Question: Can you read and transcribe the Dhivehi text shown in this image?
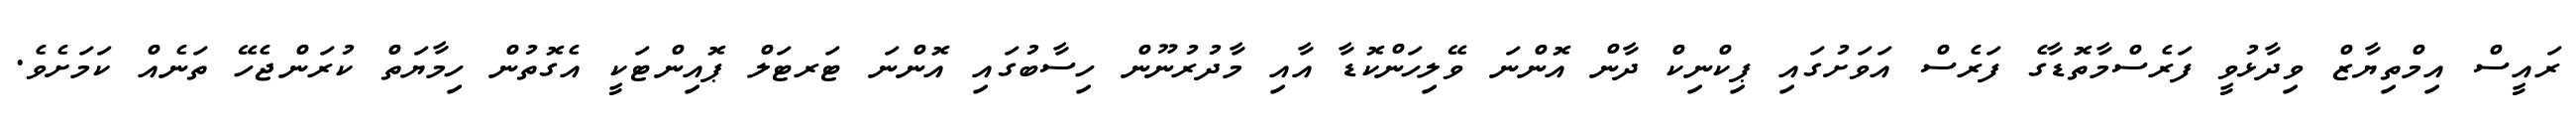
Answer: ރައީސް އިމްތިޔާޒް ވިދާޅުވީ ފަރެސްމާތޮޑާގެ ފަރެސް އަވަށުގައި ޕިކްނިކް ދާން އޮންނަ ވޭލިހަންކޮޑާ އާއި މާދުރުނޫން ހިސާބުގައި އޮންނަ ޓަރޓަލް ޕޮއިންޓަކީ އެގޮތުން ހިމާޔަތް ކުރަންޖެހޭ ތަނެއް ކަމަށެވެ.